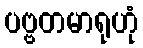
ပဗ္ဗတမာရုဟုံ